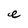
Character: e